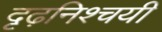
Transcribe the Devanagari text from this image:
दृढ़निश्‍चयी